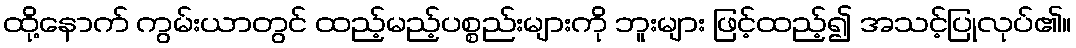
ထို့နောက် ကွမ်းယာတွင် ထည့်မည့်ပစ္စည်းများကို ဘူးများ ဖြင့်ထည့်၍ အသင့်ပြုလုပ်၏။